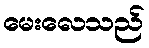
မေးလေသည်